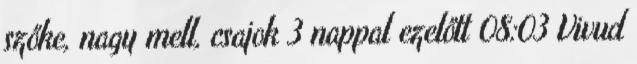
szőke, nagy mell, csajok 3 nappal ezelőtt 08:03 Vivud